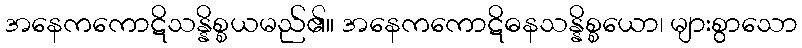
အနေကကောဋိသန္နိစ္စယမည်၏။ အနေကကောဋိဓနသန္နိစ္စယော၊ များစွာသော